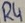
Text: R4